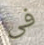
فى